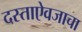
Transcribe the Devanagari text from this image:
दस्ताऐवजाचा